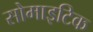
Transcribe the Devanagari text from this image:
सोमाइटिक